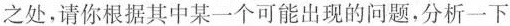
之处，请你根据其中某一个可能出现的问题，分析一下